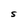
Character: S